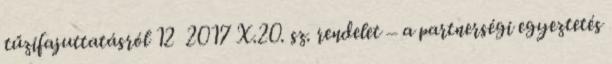
tűzifajuttatásról 12 2017 X.20. sz. rendelet – a partnerségi egyeztetés